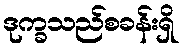
ဒုက္ခသည်စခန်းရှိ